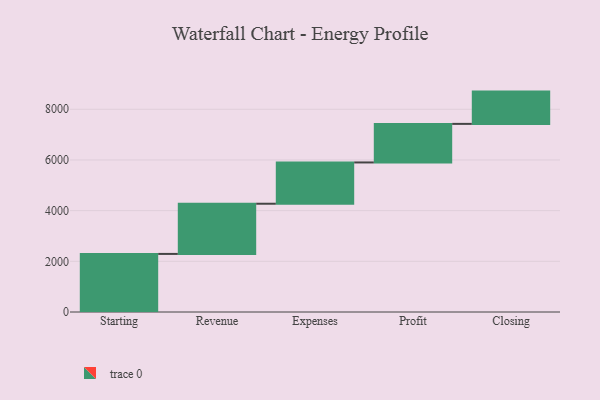
{"axis": {"x": "Step", "y": "Value"}, "legend": [""], "data": [{"x": "Starting", "y": 2292.0, "type": ""}, {"x": "Revenue", "y": 1981.0, "type": ""}, {"x": "Expenses", "y": 1629.0, "type": ""}, {"x": "Profit", "y": 1522.0, "type": ""}, {"x": "Closing", "y": 1274.0, "type": ""}]}